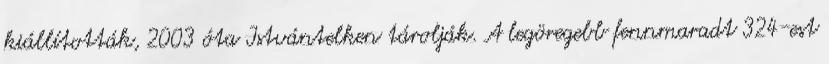
kiállították, 2003 óta Istvántelken tárolják. A legöregebb fennmaradt 324-est